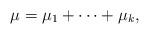
LaTeX: \begin{align*}\mu = \mu_1 + \cdots + \mu_k,\end{align*}